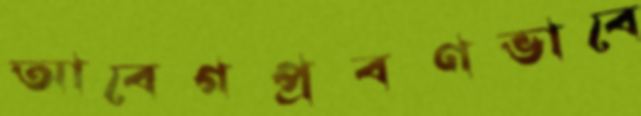
আবেগপ্রবণভাবে